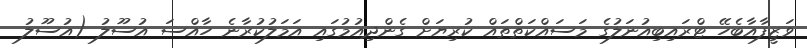
ވަޒީފާއާބެހޭ ޓްރައިބިއުނަލުގެ މަސައްކަތްތައް ކުރިޔަށް ގެންދިއުމުގައި އަމަލުކުރާނެ ހާއްސަ އުސޫލު (އުސޫލު